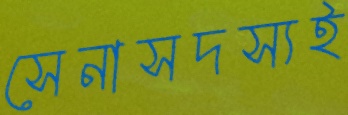
সেনাসদস্যই